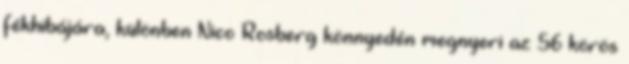
fékhibájára, különben Nico Rosberg könnyedén megnyeri az 56 körös